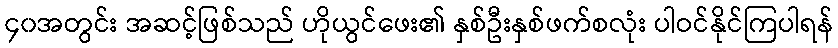
၄၀အတွင်း အဆင့်ဖြစ်သည် ဟိုယွင်ဖေး၏ နှစ်ဦးနှစ်ဖက်စလုံး ပါဝင်နိုင်ကြပါရန်